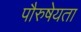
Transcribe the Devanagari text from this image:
पौरुषेयता